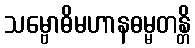
သမ္ဗောဓိမဟာနဓမ္မတန္တိ